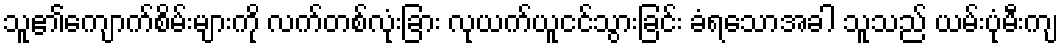
သူ၏ကျောက်စိမ်းများကို လက်တစ်လုံးခြား လုယက်ယူငင်သွားခြင်း ခံရသောအခါ သူသည် ယမ်းပုံမီးကျ